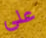
على